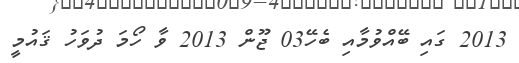
2013 ގައި ބޭއްވުމާއި ބެހޭ03 ޖޫން 2013 ވާ ހޯމަ ދުވަހު ޤައުމީ